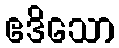
ဧဒိသော